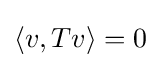
{\textstyle \langle v,Tv\rangle =0}